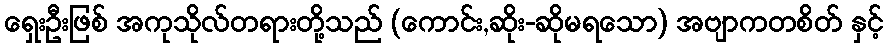
ရှေးဦးဖြစ် အကုသိုလ်တရားတို့သည် (ကောင်း,ဆိုး-ဆိုမရသော) အဗျာကတစိတ် နှင့်